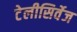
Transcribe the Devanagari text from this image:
टेलीसिर्वेज